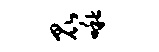
昆啾